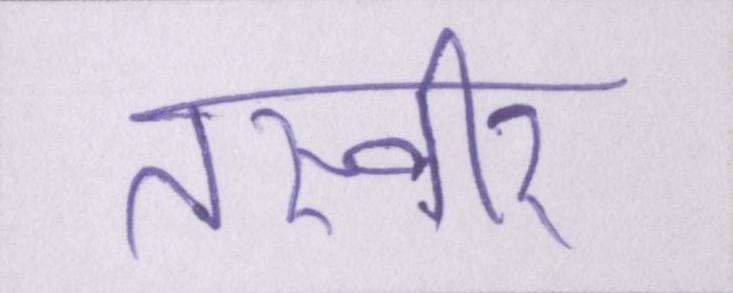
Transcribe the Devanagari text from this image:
तस्वीर